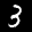
Label: 3